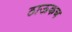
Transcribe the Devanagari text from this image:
ठाऊकच